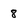
Character: 8